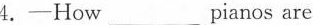
4.-How___pianos are